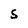
Character: S